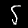
Label: 5